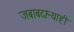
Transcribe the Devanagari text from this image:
जबाबदाऱ्याही